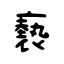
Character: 褻